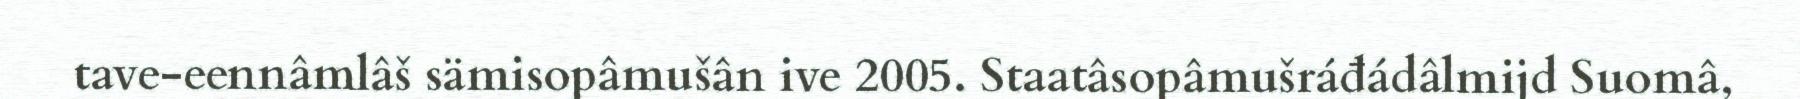
tave-eennâmlâš sämisopâmušân ive 2005. Staatâsopâmušráđádâlmijd Suomâ,